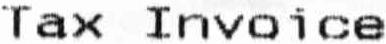
TAX INVOICE